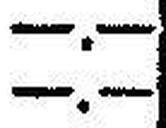
—.—